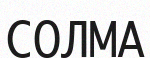
СОЛМА